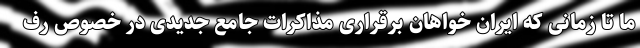
ما تا زمانی که ایران خواهان برقراری مذاکرات جامع جدیدی در خصوص رف